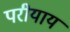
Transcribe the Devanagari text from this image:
परीयाय